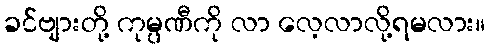
ခင်ဗျားတို့ ကုမ္ပဏီကို လာ လေ့လာလို့ရမလား။